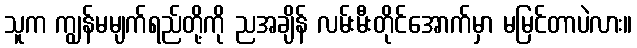
သူက ကျွန်မမျက်ရည်တို့ကို ညအချိန် လမ်းမီးတိုင်အောက်မှာ မမြင်တာပဲလား။